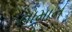
તામાન